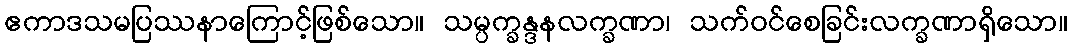
ဧကာဒသမပြဿနာကြောင့်ဖြစ်သော။ သမ္ပက္ခန္ဒနလက္ခဏာ၊ သက်ဝင်စေခြင်းလက္ခဏာရှိသော။